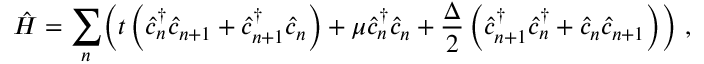
\hat { H } = \displaystyle \sum _ { n } \biggl ( t \left( \hat { c } _ { n } ^ { \dagger } \hat { c } _ { n + 1 } + \hat { c } _ { n + 1 } ^ { \dagger } \hat { c } _ { n } \right) + \mu \hat { c } _ { n } ^ { \dagger } \hat { c } _ { n } + \frac { \Delta } { 2 } \left( \hat { c } _ { n + 1 } ^ { \dagger } \hat { c } _ { n } ^ { \dagger } + \hat { c } _ { n } \hat { c } _ { n + 1 } \right) \biggr ) \ ,